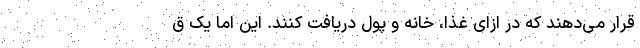
قرار می‌دهند که در ازای غذا، خانه و پول دریافت کنند. این اما یک ق